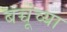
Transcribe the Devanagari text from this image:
बच्चूंच्या